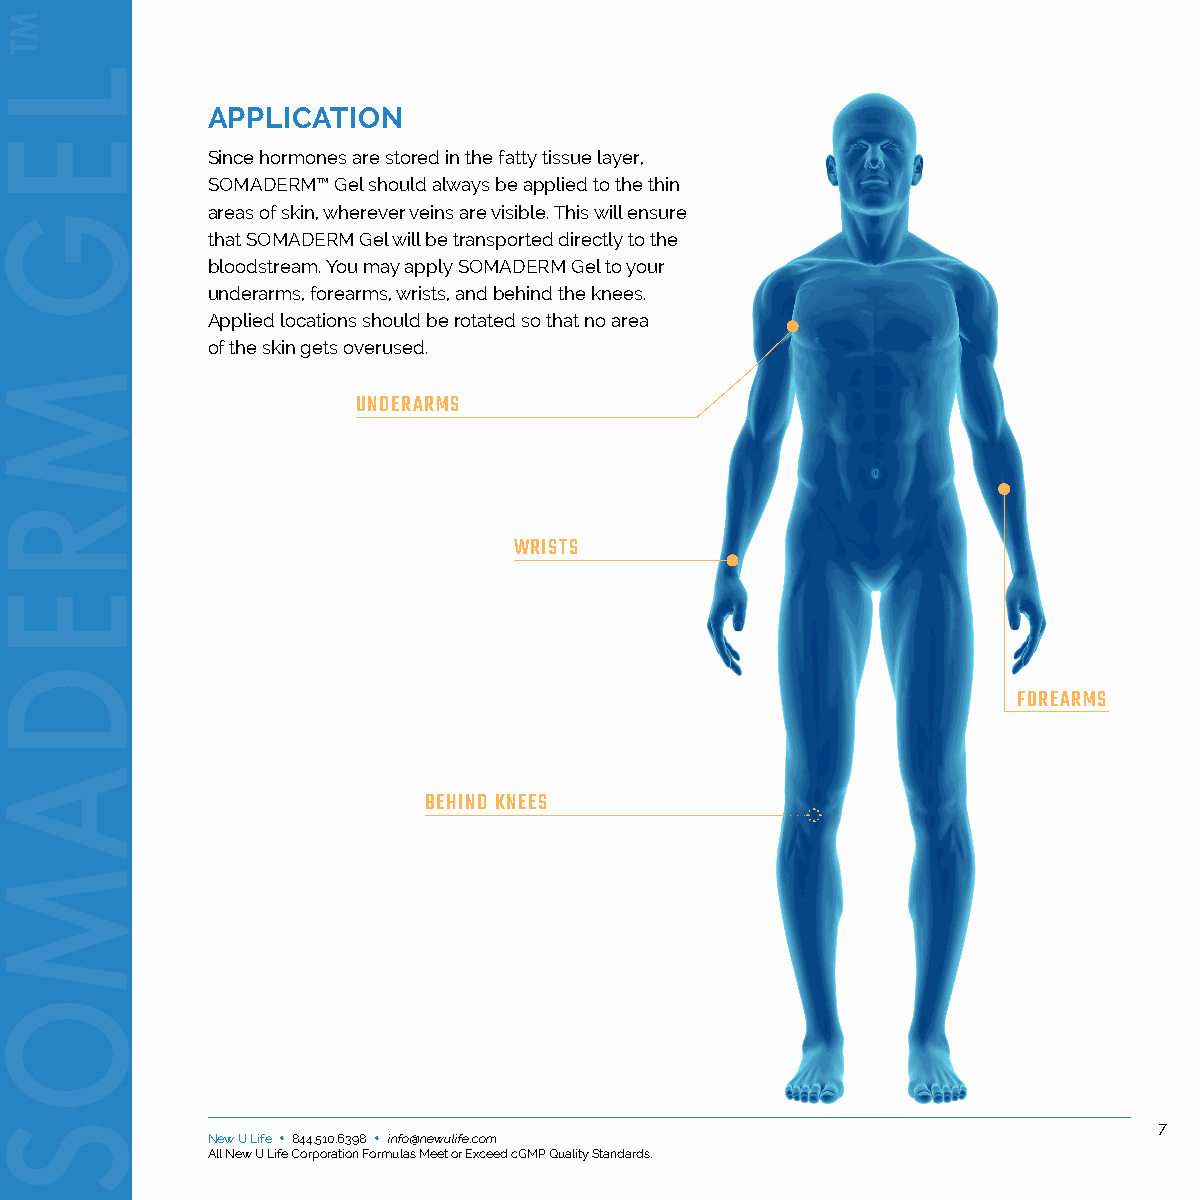
APPLICATION
 Since hormones are stored in the fatty tissue layer,
 SOMADERM™ Gel should always be applied to the thin
 areas of skin, wherever veins are visible. This will ensure
 that SOMADERM Gel will be transported directly to the
 bloodstream. You may apply SOMADERM Gel to your
 underarms, forearms, wrists, and behind the knees.
 Applied locations should be rotated so that no area
 of the skin gets overused.
 UNDERARMS
 WRISTS
 FOREARMS
 BEHIND KNEES
 New U Life • 844.510.6398 • info@newulife.com New U Life • 844.510.6398 • info@newulife.com 7
 All New U Life Corporation Formulas Meet or Exceed cGMP Quality Standards. All New U Life Corporation Formulas Meet or Exceed cGMP Quality Standards.
 ™
 L
 E
 G
 M
 R
 E
 D
 A
 M
 O
 S